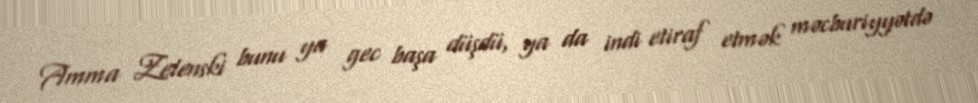
Amma Zelenski bunu ya gec başa düşdü, ya da indi etiraf etmək məcburiyyətdə